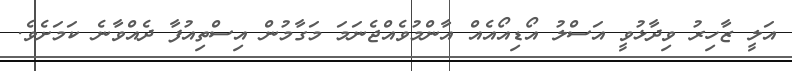
އަލީ ޒާހިރު ވިދާޅުވީ އަސްލު އޯޑިއޯއެއް އާންމުވެއްޖެނަމަ މަގާމުން އިސްތިއުފާ ދެއްވާނެ ކަމަށެވެ.